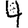
Digit: 4